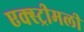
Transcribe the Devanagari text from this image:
एक्स्ट्रीमली